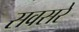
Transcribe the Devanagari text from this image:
सवसरे